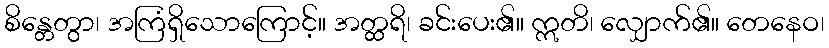
စိန္တေတွာ၊ အကြံရှိသောကြောင့်။ အတ္ထရိ၊ ခင်းပေး၏။ ဣတိ၊ လျှောက်၏။ တေနေဝ၊